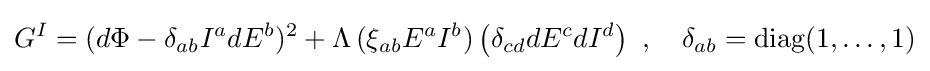
G^{I}=(d\Phi -\delta _{ab}I^{a}dE^{b})^{2}+\Lambda \,(\xi _{ab}E^{a}I^{b})\left(\delta _{cd}dE^{c}dI^{d}\right)\ ,\quad \delta _{ab}={\rm {diag}}(1,\ldots ,1)